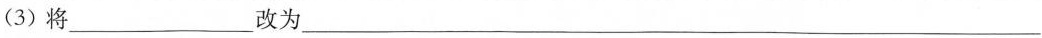
(3)将___改为___